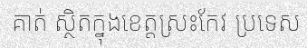
គាត់ ស្ថិតក្នុងខេត្តស្រះកែវ ប្រទេស